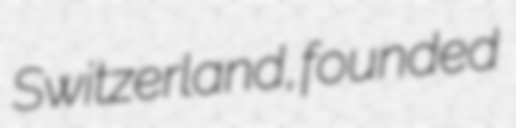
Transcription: Switzerland, founded